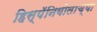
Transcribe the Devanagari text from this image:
हिस्पॅनियोलाच्या